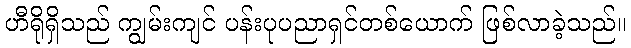
ဟီရိုရှိသည် ကျွမ်းကျင် ပန်းပုပညာရှင်တစ်ယောက် ဖြစ်လာခဲ့သည်။